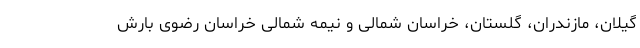
گیلان، مازندران، گلستان، خراسان شمالی و نیمه شمالی خراسان رضوی بارش